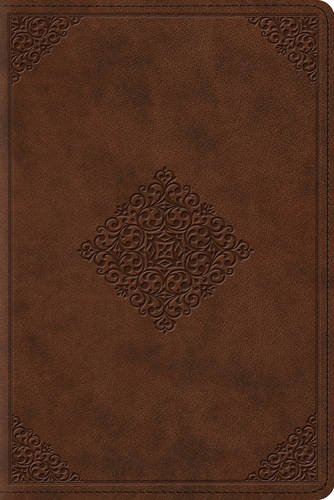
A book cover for ESV Study Bible, Personal Size (TruTone, Saddle, Ornament Design); ESV Bibles by Crossway; Christian Books & Bibles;